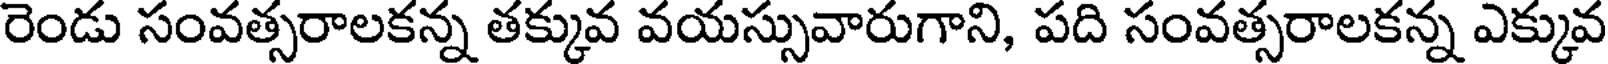
రెండు సంవత్సరాలకన్న తక్కువ వయస్సువారుగాని, పది సంవత్సరాలకన్న ఎక్కువ